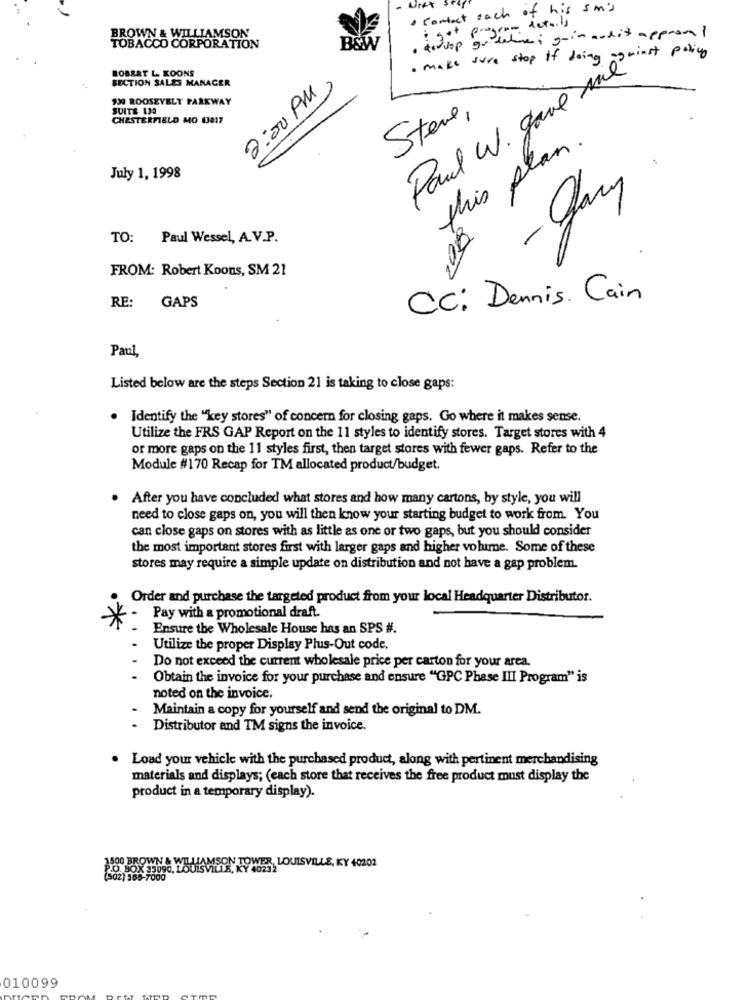
Unt
. contact each of his 5m's
gran detaily
BROWN & WILLIAMSON
. trasop guideline ; grin audit approm !
TOBACCO CORPORATION
B&W
. make sure stop if doing against policy
ROBERT L KOONS
SECTION SALES MANAGER
2:00 PM,
Paul W. gave me
930 ROOSEVELT PARKWAY
SUITE 130
CHESTERFIELD MO 13017
Steve,
this plan.
July 1, 1998
-
TO: Paul Wessel, A.V.P.
03
FROM: Robert Koons, SM 21
RE:
GAPS
CC: Dennis Cain
Paul,
Listed below are the steps Section 21 is taking to close gaps:
. Identify the "key stores" of concern for closing gaps. Go where it makes sense.
Utilize the FRS GAP Report on the 11 styles to identify stores. Target stores with 4
or more gaps on the 11 styles first, then target stores with fewer gaps. Refer to the
Module #170 Recap for TM allocated product/budget.
After you have concluded what stores and how many cartons, by style, you will
need to close gaps on, you will then know your starting budget to work from. You
can close gaps on stores with as little as one or two gaps, but you should consider
the most important stores first with larger gaps and higher volume. Some of these
stores may require a simple update on distribution and not have a gap problem.
Order and purchase the targeted product from your local Headquarter Distributor.
Pay with a promotional draft.
Ensure the Wholesale House has an SPS #.
Utilize the proper Display Plus-Out code.
Do not exceed the current wholesale price per carton for your area.
...
Obtain the invoice for your purchase and ensure "GPC Phase III Program" is
noted on the invoice.
Maintain a copy for yourself and send the original to DM.
Distributor and TM signs the invoice.
. .
Load your vehicle with the purchased product, along with pertinent merchandising
materials and displays; (each store that receives the free product must display the
product in a temporary display).
PO BOX
010099